Oru_vallavalitsus, lk 12
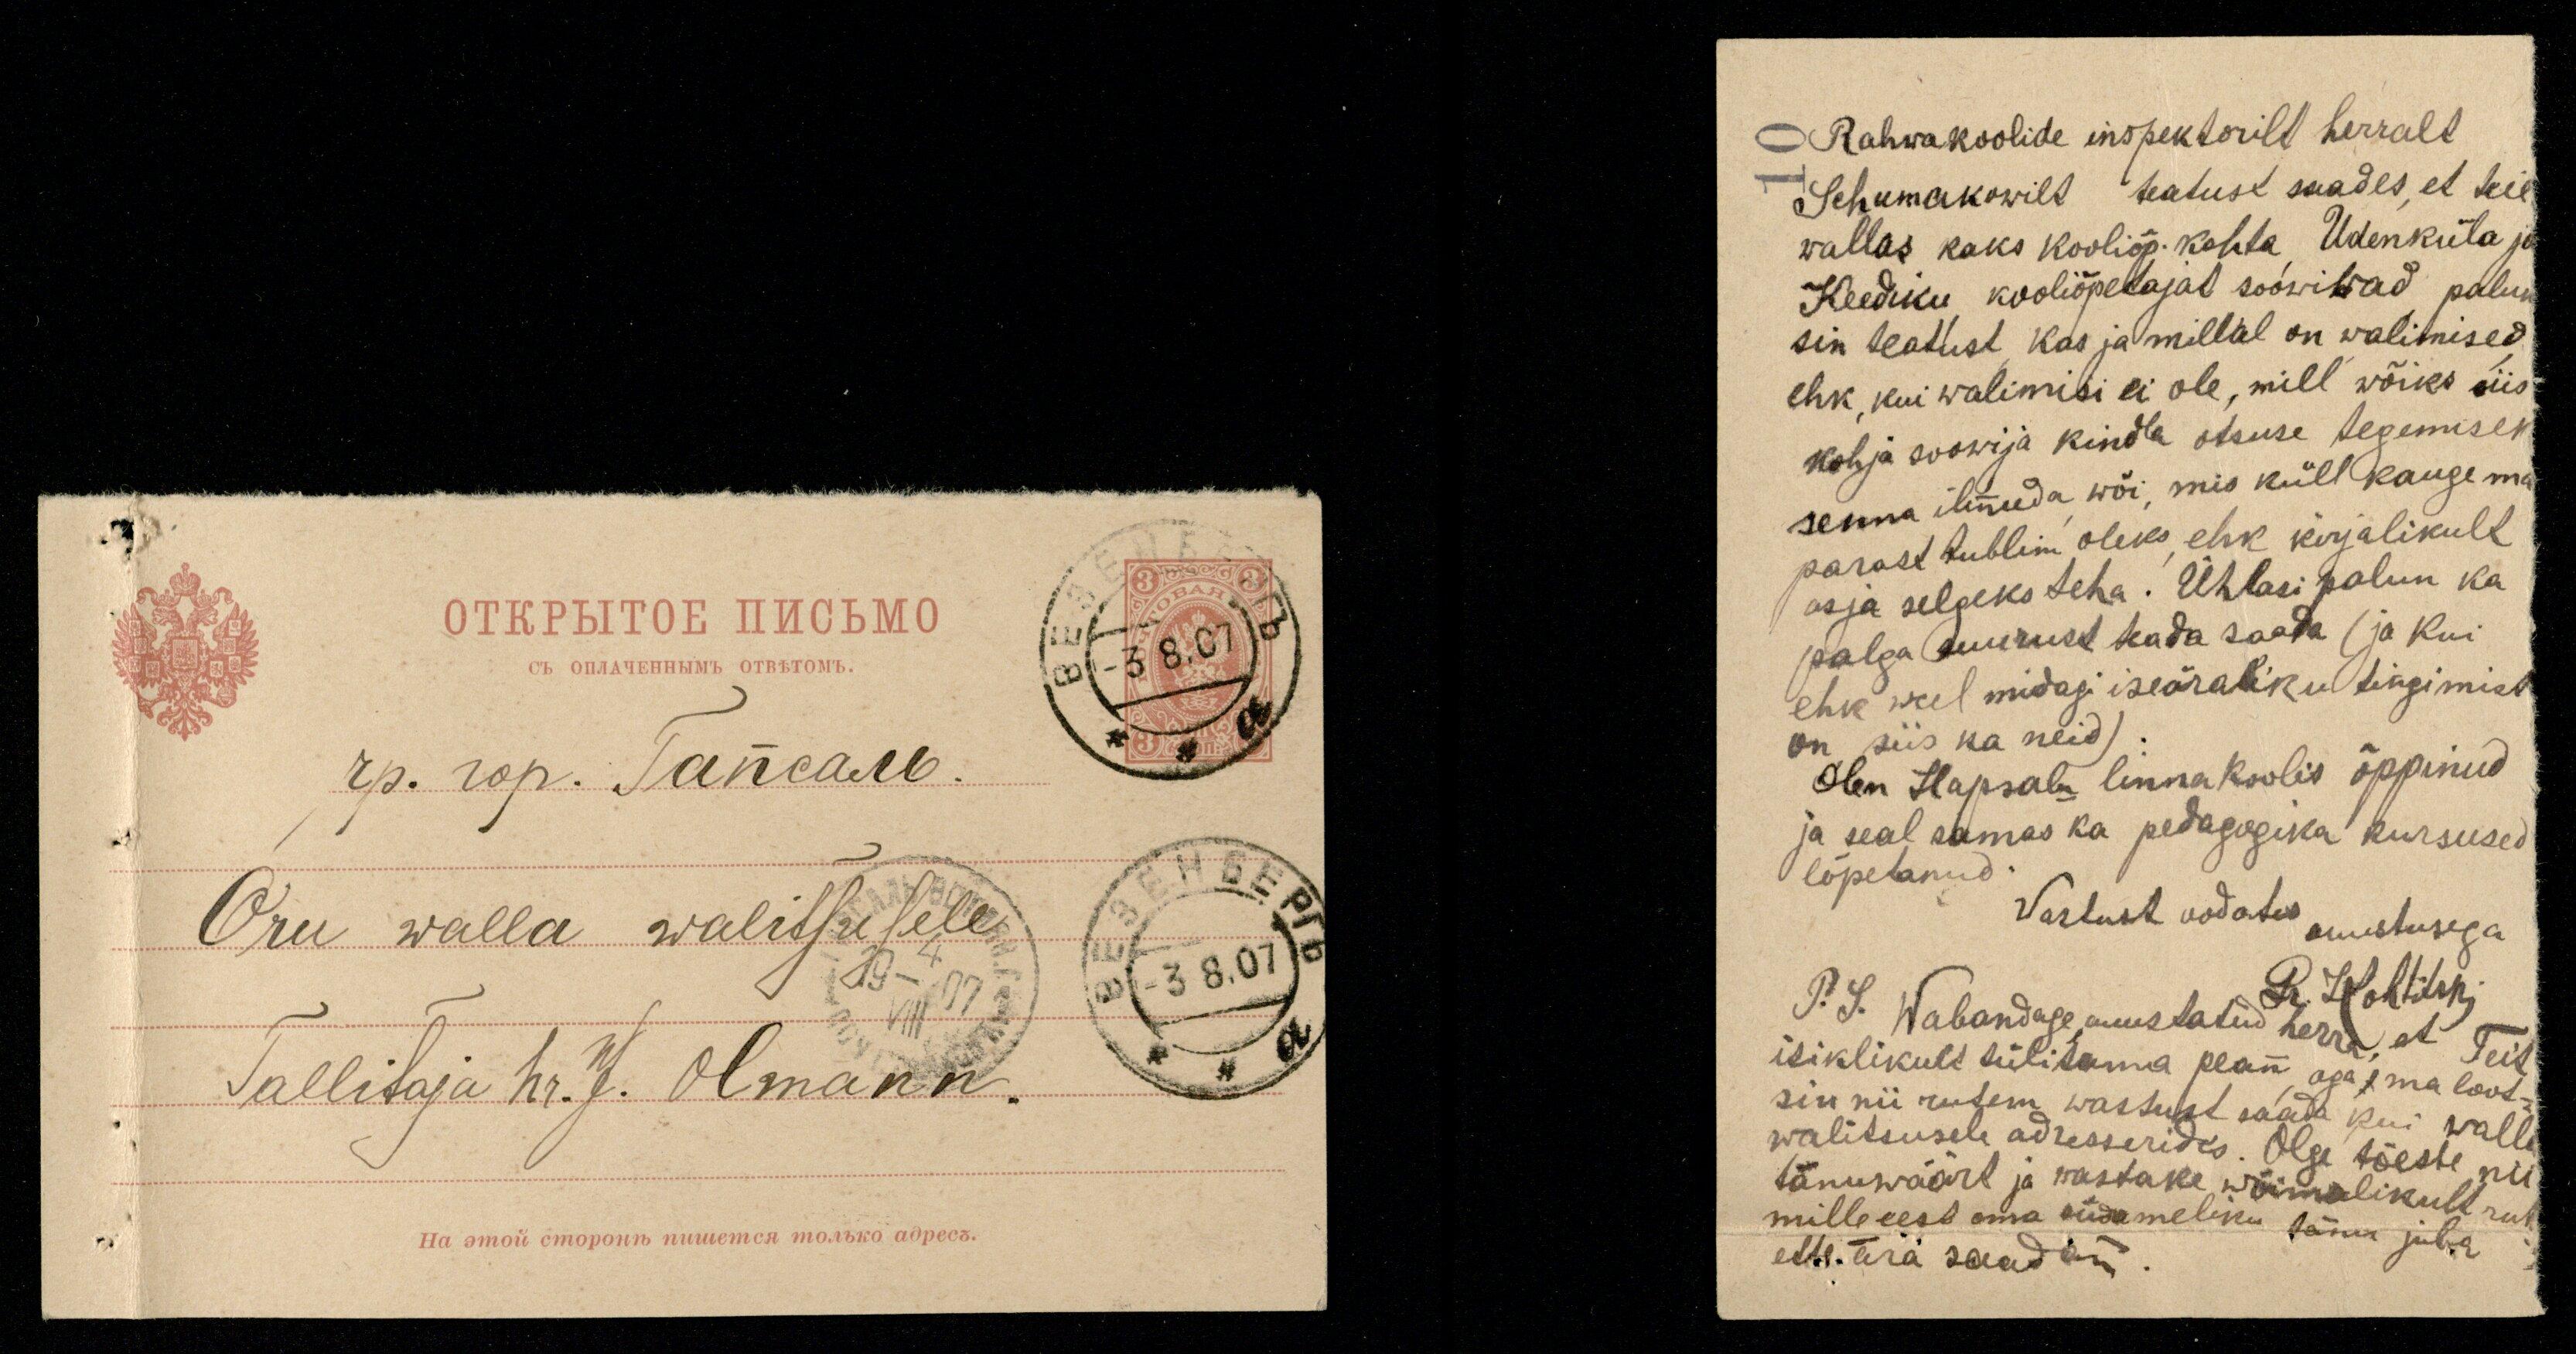
Oru walla walitsusele
Tallitaja hr. J. Olmann.

Rahwakoolide inspektorilt herralt
Schumakowilt teatust saades, et teie
wallas kaks kooliõp. kohta Udenküla ja
Keediku kooliõpetajat soowiwad paluk
sin teatust, kas ja millal on walimised
ehk, kui walimisi ei ole, mill wõiks siis
kohja soowija kindla otsuse tegemisek
senna ilmuda wõi, mis küll kauge ma
parast tublim oleks ehk kirjalikult
asja selgeks teha. Ühlasi palun ka
palga suurust teada saada (ja kui
ehk weel midagi iseäraliku tingimist
on siis ka neid).
Olen Hapsalu linnakoolis õppinud
ja seal samas ka pedagogika kursused
lõpetanud.
Wastust oodates
auustusega
Pr. Kohtitski
P. S. Wabandage, auustatud herra, et Teit
isiklikult tülitama pean aga, ma loot-
sin nii rutem wastust saada kui walla
walitsusele adresserides. Olge tõeste nii
tänuwäärt ja wastake wõimalikult rut
mille eest oma südameliku tänu juba
ette ära saadan.